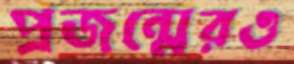
প্রজন্মেরও